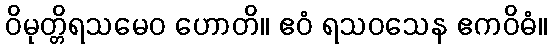
ဝိမုတ္တိရသမေဝ ဟောတိ။ ဧဝံ ရသဝသေန ဧကဝိဓံ။